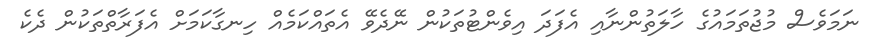
ނަމަވެސް މުޖުތަމައުގެ ހާލަތުންނާއި އެފަދަ އިވެންޓުތަކުން ނޭދެވޭ އެތައްކަމެއް ހިނގާކަމަށް އެފަރާތްތަކުން ދެކެ